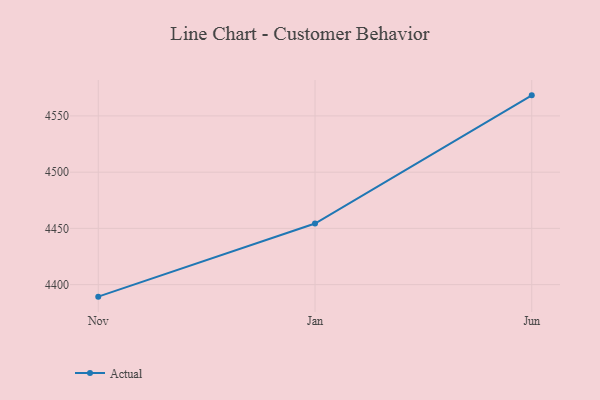
{"axis": {"x": "Month", "y": "Budget (USD K)"}, "legend": ["Actual"], "data": [{"x": "Nov", "y": 4389.3, "type": "Actual"}, {"x": "Jan", "y": 4454.3, "type": "Actual"}, {"x": "Jun", "y": 4568.3, "type": "Actual"}]}